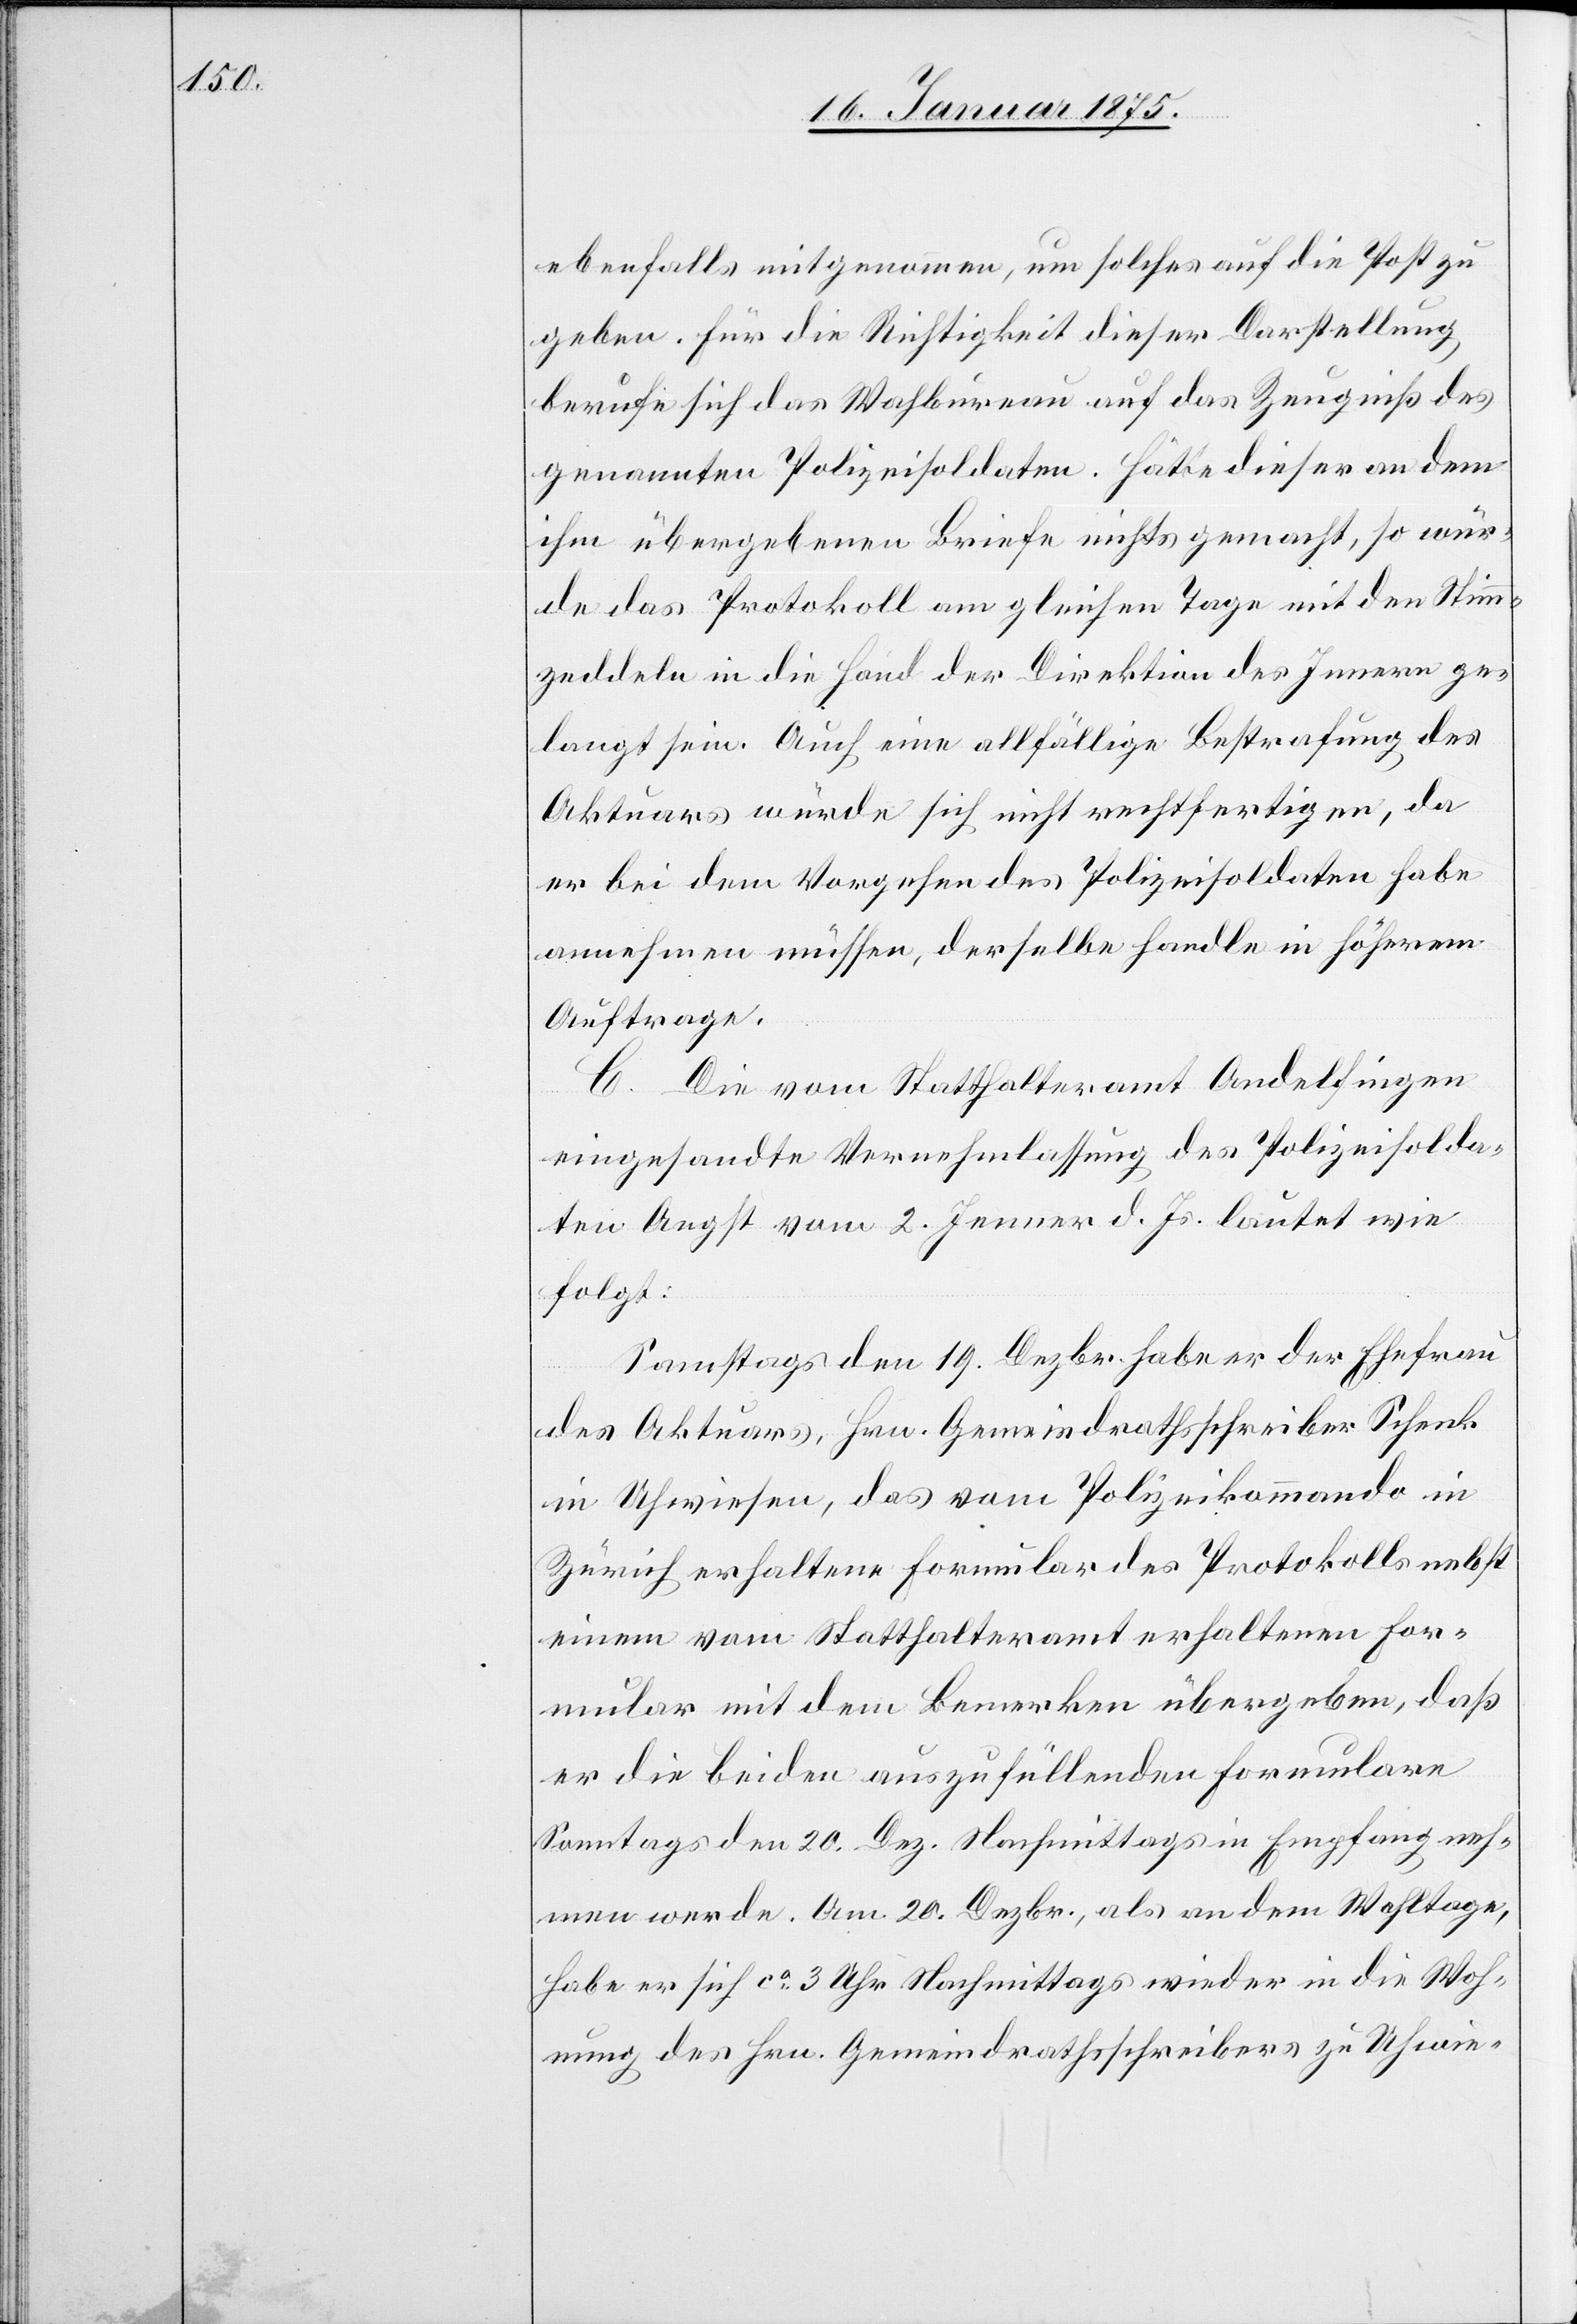
ebenfalls mitgenommen, um solches auf die Post zu
geben. Für die Richtigkeit dieser Darstellung,
berufe sich das Wahlbureau auf das Zeugniß des
genannten Polizeisoldaten. Hätte dieser an dem
ihm übergebenen Briefe nicht gemacht, so wür¬
de das Protokoll am gleichen Tage mit den Stimm¬
zeddeln in die Hand der Direktion des Innern ge¬
langt sein. Auch eine allfällige Bestrafung des
Aktuars würde sich nicht rechtfertigen, da
er bei dem Vorgehen des Polizeisoldaten habe
annehmen müssen, derselbe handle in höherem
Auftrage.
C. Die vom Statthalteramt Andelfingen
eingesandte Vernehmlassung des Polizeisolda¬
ten Angst vom 2. Jenner d. Js. lautet wie
folgt:
Samstags den 19. Dezbr. habe er der Ehefrau
des Aktuars, Hrn. Gemeindrathsschreiber Schenk
in Uhwiesen, das vom Polizeikommando in
Zürich erhaltene Formular des Protokolls nebst
einem vom Statthalteramt erhaltenen For¬
mular mit dem Bemerken übergeben, daß
er die beiden auszufüllenden Formulare
Sonntags den 20. Dez. Nachmittags in Empfang neh¬
men werde. Am 20. Dezbr., also an dem Wahltage,
habe er sich ca 3 Uhr Nachmittags wieder in die Woh¬
nung des Hrn. Gemeindrathsschreibers zu Uhwie-